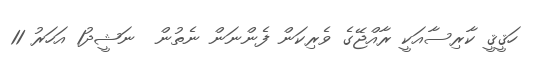
ހަޤީޤީ ކާރިސާއަކީ ރާއްޖޭގެ ވެރިކަން ފެންނަން ނެތުން  ނަޝީދު1 އަހަރު 11